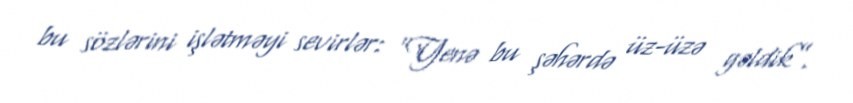
bu sözlərini işlətməyi sevirlər: “Yenə bu şəhərdə üz-üzə gəldik”.